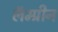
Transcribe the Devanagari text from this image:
लॅम्प्रीन